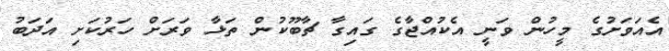
އެއަވަށުގެ މީހުން ވަނީ އެކުއްޖާގެ ގައިގާ ޗާބޫކުން ތަޅާ ވަރަށް ހަރުކަށި އަދަބު